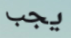
يجب